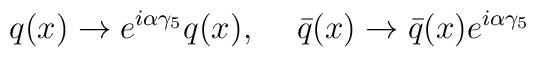
q(x) \rightarrow e^{i\alpha\gamma_{5}} q(x), \hspace{.5cm}\bar{q}(x) \rightarrow \bar{q}(x) e^{i\alpha\gamma_{5}}